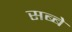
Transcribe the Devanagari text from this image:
सब्बे